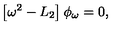
\left[ \omega ^ { 2 } - L _ { 2 } \right] \phi _ { \omega } = 0 ,